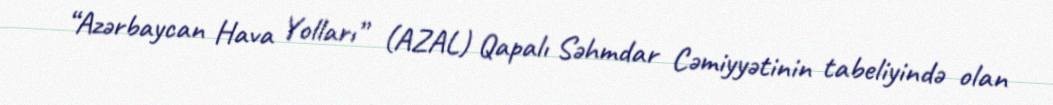
“Azərbaycan Hava Yolları” (AZAL) Qapalı Səhmdar Cəmiyyətinin tabeliyində olan